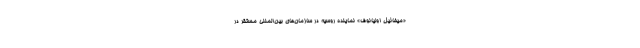
«میخائیل اولیانوف» نماینده روسیه در سازمان‌های بین‌المللی مستقر در